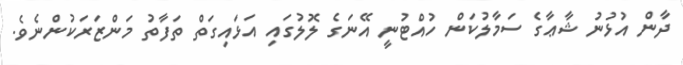
ދާން އުޅުނު ޝާޢާގެ ސަމާލުކަން ހުއްޓުނީ އޭނަގެ ލޮލުގައި އަޅައިގަތް ތަފާތު މަންޒަރަކުންނެވެ.